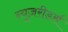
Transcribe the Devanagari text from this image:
न्यूज़रीडर्स